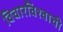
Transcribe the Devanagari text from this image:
विचारविश्वाची